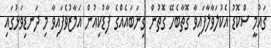
ގައުމީ ސްކޮޑު އެކުލަވާލާފައިވާ ގޮތާބެހޭ ގޮތުން ގިނަބައެއްގެ ފާޑުކިއުން އަމާޒުވެފައިވާ މި ދަނޑިވަޅުގައި